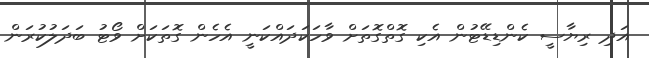
އަދި ރިޔާސީ ކެންޑިޑޭޓުން އެކި ގޮތްގޮތަށް ވާހަކަދައްކަނީ އެހެން ގޮތަކަށް ވޯޓު ބަދަލުކުރަން